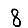
Digit: 8